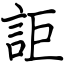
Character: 詎